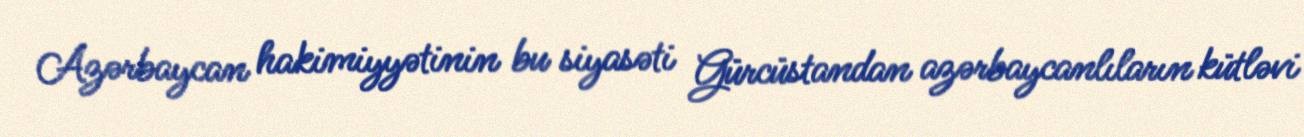
Azərbaycan hakimiyyətinin bu siyasəti Gürcüstandan azərbaycanlıların kütləvi